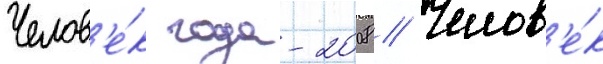
Челов'е́к года-2008 // Челов'е́к